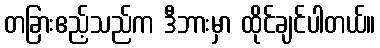
တခြားဧည့်သည်က ဒီဘားမှာ ထိုင်ချင်ပါတယ်။